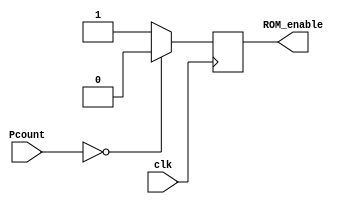
module calculation_controller #(parameter N = 3)(
    input clk,
    input[N-1:0] Pcount,
    output reg ROM_enable
);

    always @(posedge clk)
    begin
        if(Pcount == 0)
            //! No calculation
            ROM_enable <= 1'b0;
        else
            // Calculating 
            ROM_enable <= 1'b1;
    end 

endmodule